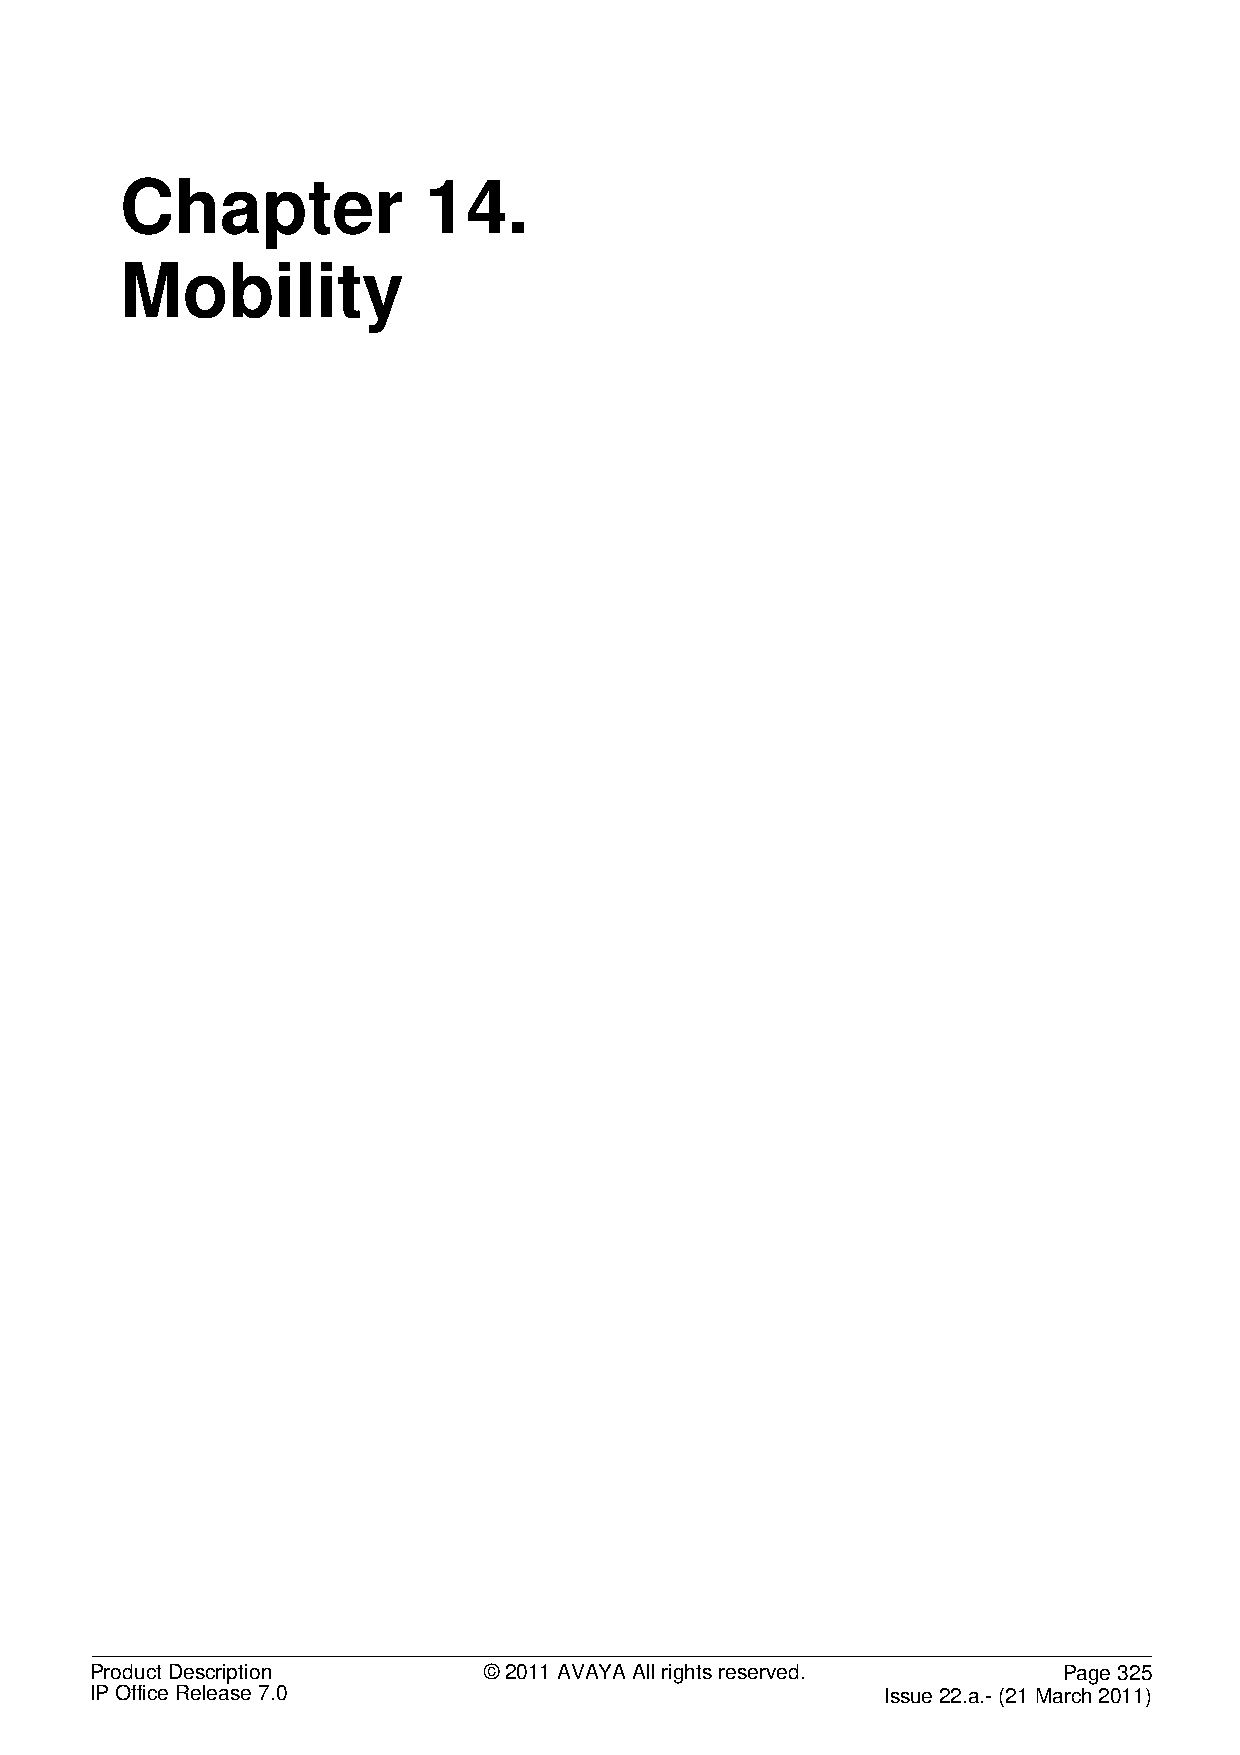
Chapter             14.
 Mobility
 Product Description       © 2011 AVAYA All rights reserved.     Page 325
 IP Office Release 7.0                                Issue 22.a.- (21 March 2011)